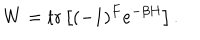
LaTeX: W = \mathrm { t r } \left[ ( - 1 ) ^ { F } e ^ { - \beta H } \right] .